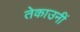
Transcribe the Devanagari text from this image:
तेकाउनीं